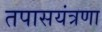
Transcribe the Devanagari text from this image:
तपासयंत्रणा